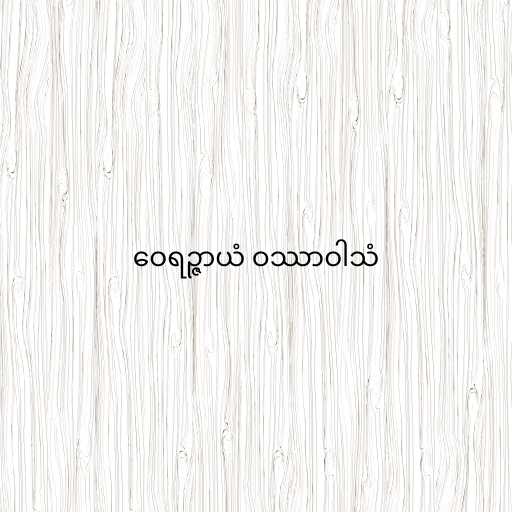
ဝေရဉ္ဇာယံ ဝဿာဝါသံ